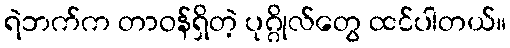
ရဲဘက်က တာဝန်ရှိတဲ့ ပုဂ္ဂိုလ်တွေ ထင်ပါတယ်။